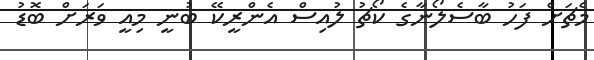
މެޗަށް ފަހު ބާސެލޯނާގެ ކޯޗު ލުއިސް އެންރީކޭ ބުނީ މިއީ ވަރަށް ބޮޑު